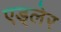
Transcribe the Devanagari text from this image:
एड्लेर